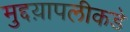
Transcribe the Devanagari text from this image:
मुद्दय़ापलीकडे